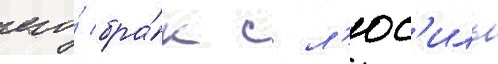
его́ бра́к с л'юс'иль